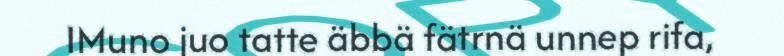
IMuno juo tatte äbbä fätrnä unnep rifa,